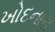
ખોદનારા